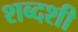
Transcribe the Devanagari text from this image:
शब्दशी